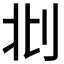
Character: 𠛙